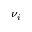
\nu _ { i }